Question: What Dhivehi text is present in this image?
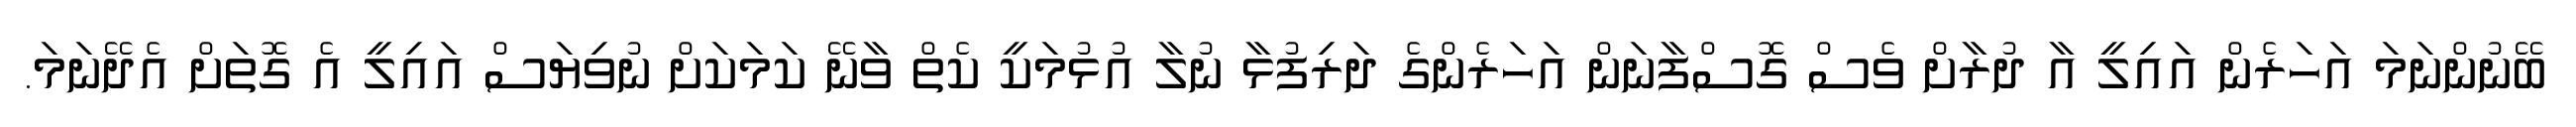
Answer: ބޭނުންނަމަ އަހަރެން އައިލީ އާ ދުރާށް ވެސް ގޮސްފާނަން އަހަރެންގެ ދަރިފުޅާ ނުލާ އުޅުމަކީ ކެތް ވާނޭ ކަމަކަށް ނުވިޔަސް އައިލީ އެ ގޮތަށް އެދޭނަމަ.